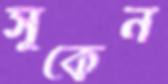
সুকেন